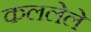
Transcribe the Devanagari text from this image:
कललेले